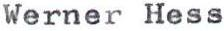
Werner Hess